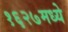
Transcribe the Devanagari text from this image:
१६२७मध्ये